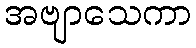
အဗျာသေကာ